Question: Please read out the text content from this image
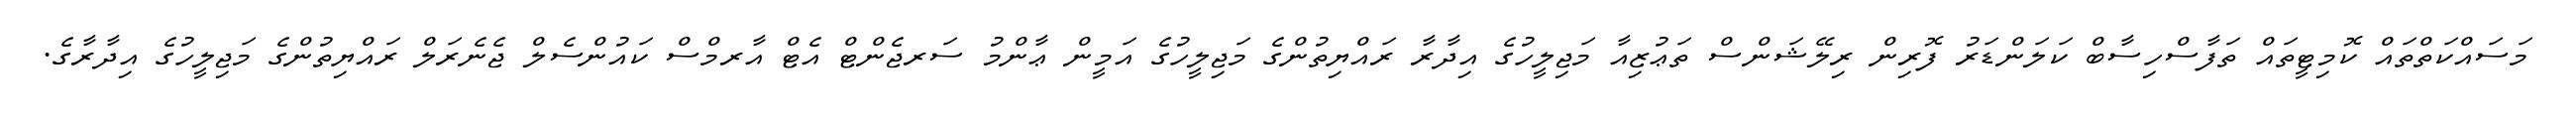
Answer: މަސައްކަތްތައް ކޮމިޓީތައް ތަފާސްހިސާބް ކަލަންޑަރު ފޮރިން ރިލޭޝަންސް ތަޢުޒިއާ މަޖިލީހުގެ އިދާރާ ރައްޔިތުންގެ މަޖިލީހުގެ އަމީން ޢާންމު ސަރޖެންޓް އެޓް އާރމްސް ކައުންސެލް ޖެނެރަލް ރައްޔިތުންގެ މަޖިލީހުގެ އިދާރާގެ.